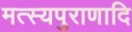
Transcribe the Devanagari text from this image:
मत्स्यपुराणादि